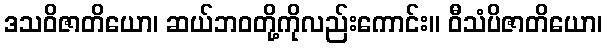
ဒသဝိဇာတိယော၊ ဆယ်ဘဝတို့ကိုလည်းကောင်း။ ဝီသံပိဇာတိယော၊